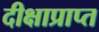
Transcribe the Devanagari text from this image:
दीक्षाप्राप्त